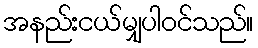
အနည်းငယ်မျှပါဝင်သည်။